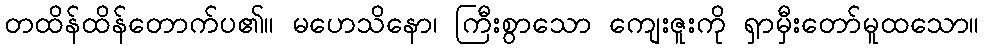
တထိန်ထိန်တောက်ပ၏။ မဟေသိနော၊ ကြီးစွာသော ကျေးဇူးကို ရှာမှီးတော်မူထသော။